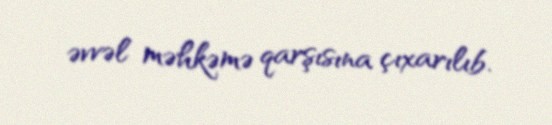
əvvəl məhkəmə qarşısına çıxarılıb.